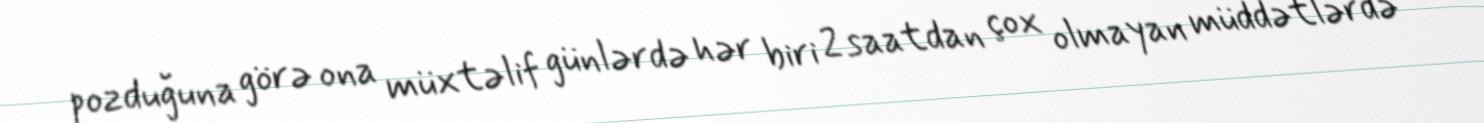
pozduğuna görə ona müxtəlif günlərdə hər biri 2 saatdan çox olmayan müddətlərdə